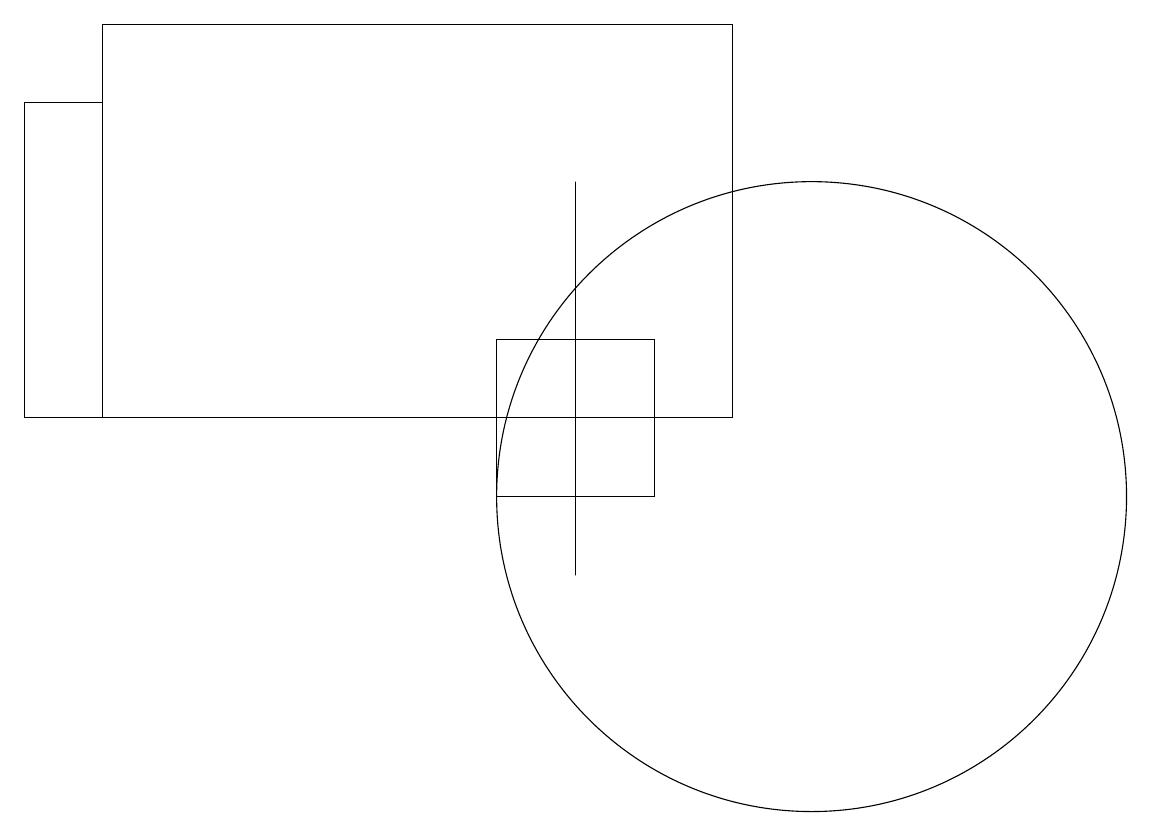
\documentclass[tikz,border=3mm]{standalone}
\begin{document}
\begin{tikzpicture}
\draw (7,16) rectangle (7,11);
\draw (1,17) rectangle (0,13);
\draw (8,14) rectangle (6,12);
\draw (10,12) circle (4);
\draw (9,13) rectangle (1,18);
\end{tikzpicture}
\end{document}